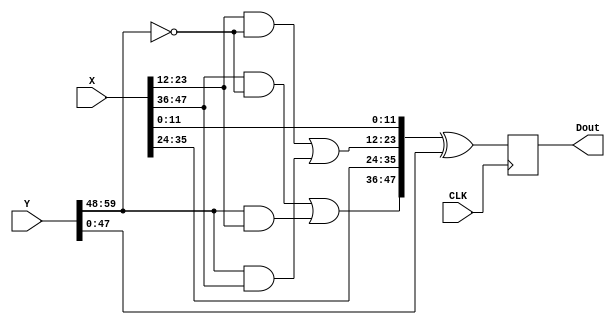
module xor_48_salt(
    input [47:0] X,
    input [59:0] Y,
    output reg [47:0] Dout,
    input CLK
    );

wire [47:0] Xtmp;

always @(posedge CLK)
begin
	Dout <= Xtmp ^ Y[47:0];
end

assign Xtmp = {(X[47:36] & (~Y[59:48])) | (Y[59:48] & X[23:12]), X[35:24], (X[23:12] & (~Y[59:48])) | (Y[59:48] & X[47:36]), X[11:0]};

endmodule